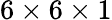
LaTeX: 6\times 6\times 1